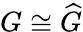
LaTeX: G\cong{\widehat{G}}